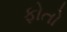
ફોતો